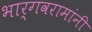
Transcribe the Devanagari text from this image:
भार्गवरामांनी